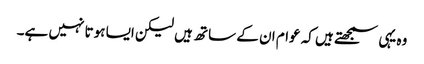
وہ یہی سمجھتے ہیں کہ عوام ان کے ساتھ ہیں لیکن ایسا ہوتا نہیں ہے۔